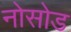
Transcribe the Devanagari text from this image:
नोसोड